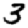
Digit: 3